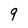
Character: 9